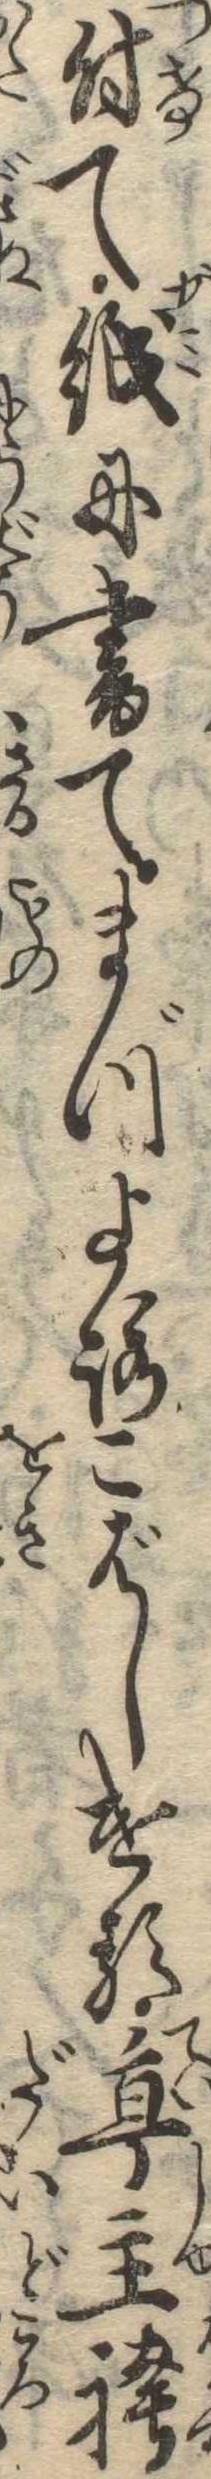
付て紙に書てまづよろこばしける亭主袴